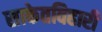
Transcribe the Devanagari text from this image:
साकेतविहारी